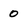
Character: 0